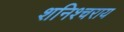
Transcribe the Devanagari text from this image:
शनिश्चराय